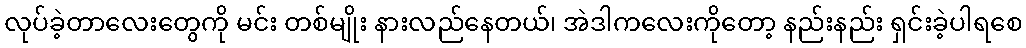
လုပ်ခဲ့တာလေးတွေကို မင်း တစ်မျိုး နားလည်နေတယ်၊ အဲဒါကလေးကိုတော့ နည်းနည်း ရှင်းခဲ့ပါရစေ